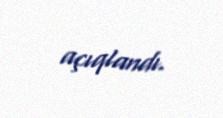
açıqlandı.